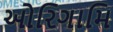
ઓરિગામિ